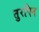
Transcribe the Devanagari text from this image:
तुरपिन